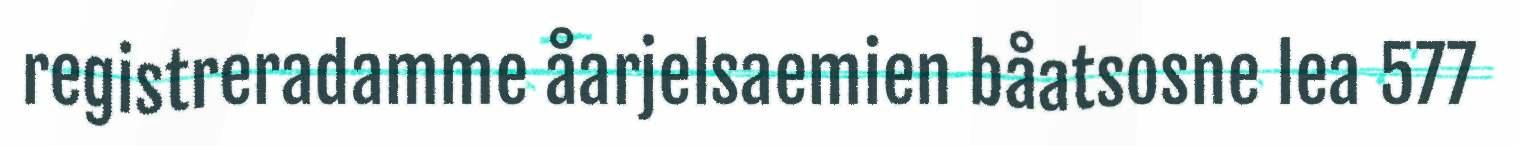
registreradamme åarjelsaemien båatsosne lea 577